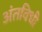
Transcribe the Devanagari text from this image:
अंतविधी